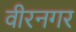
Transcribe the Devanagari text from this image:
वीरनगर